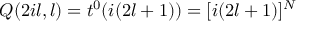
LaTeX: Q ( 2 i l , l ) = t ^ { 0 } ( i ( 2 l + 1 ) ) = [ i ( 2 l + 1 ) ] ^ { N }